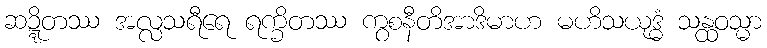
ဆဍ္ဍိတဿ အလ္လသရီရေ ရက္ခိတဿ ကွစနီတိအာဒိမာဟ မဟိသယုဒ္ဓံ သန္ထဝသ္မာ